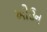
ઓઉન